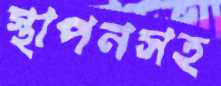
স্থাপনসহ